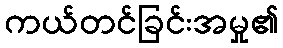
ကယ်တင်ခြင်းအမှု၏